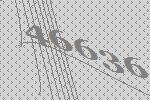
46636